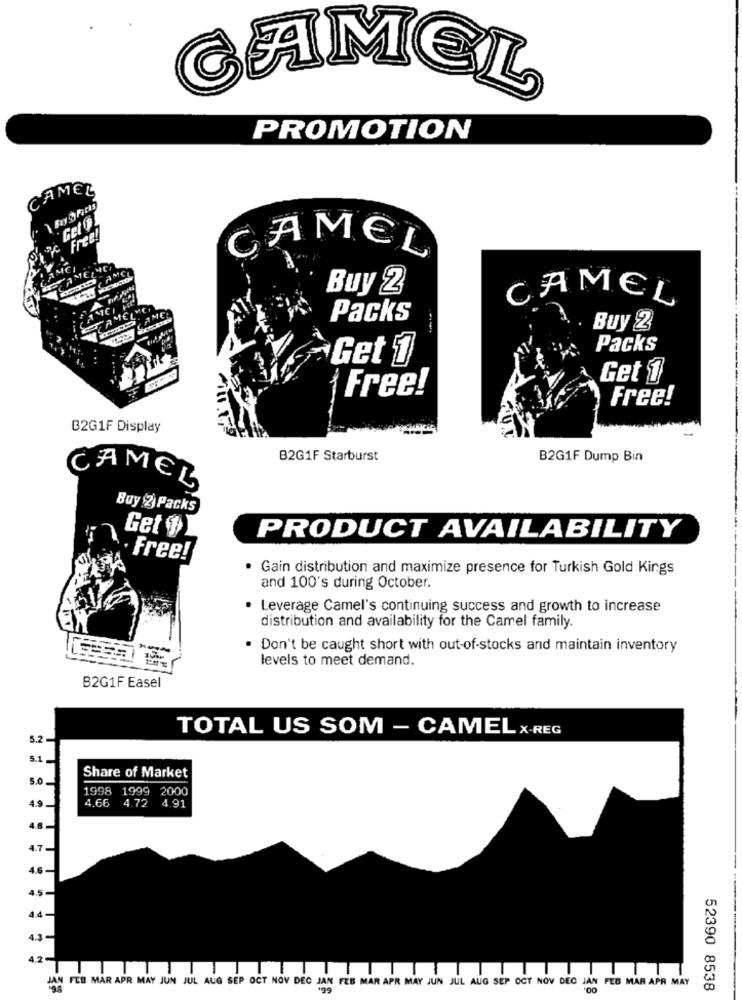
CAMEL
PROMOTION
CAMEL
"Get Ol
Free!
CAMEL
ME
AMELMEN
CAMCE
Buy 2
CAMEL
AMET
Packs
Buy 2
Packs
Get 1
Get 1
Free!
Free!
B2G1F Display
B2G1F Starburst
B2G1F Dump Bin
CAMEL
Buy 2 Packs
Get 11
PRODUCT AVAILABILITY
Free!
· Gain distribution and maximize presence for Turkish Gold Kings
and 100's during October.
· Leverage Camel's continuing success and growth to increase
distribution and availability for the Camel family.
. Don't be caught short with out-of-stocks and maintain inventory
levels to meet demand.
B2G1F Easel
TOTAL US SOM - CAMEL X-REG
Share of Market
1998
1999 2000
4,66
4.72
4.91
JAN FED MAR APR MAY JUN JUL AUG SEP OCT NOV DEC JAN FEB MAR APR MAY JUN JUL AUG SEP OCT NOV DEC JAN FES MAR APR MAY
52390 8538